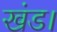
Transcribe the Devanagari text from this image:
खंड।